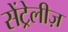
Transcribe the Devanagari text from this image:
सेंट्रेलीज़